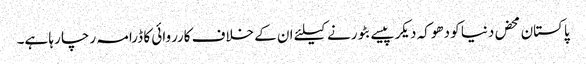
پاکستان محض دنیا کو دھوکہ دیکر پیسے بٹورنے کیلئے ان کے خلاف کارروائی کا ڈرامہ رچا رہا ہے۔